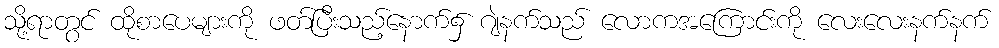
သို့ရာတွင် ထိုစာပေများကို ဖတ်ပြီးသည့်နောက်၌ ဂျဲနက်သည် လောကအကြောင်းကို လေးလေးနက်နက်